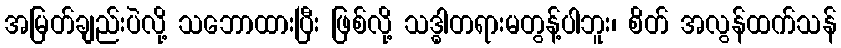
အမြတ်ချည်းပဲလို့ သဘောထားပြီး ဖြစ်လို့ သဒ္ဓါတရားမတွန့်ပါဘူး၊ စိတ် အလွန်ထက်သန်